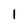
Character: l